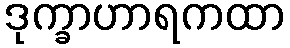
ဒုက္ခာဟာရကထာ